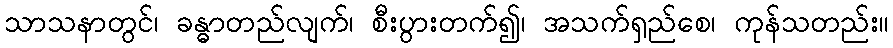
သာသနာတွင်၊ ခန္ဓာတည်လျက်၊ စီးပွားတက်၍၊ အသက်ရှည်စေ၊ ကုန်သတည်း။